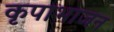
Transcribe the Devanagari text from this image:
कृपाभाजन